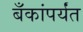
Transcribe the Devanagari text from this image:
बँकांपर्यंत